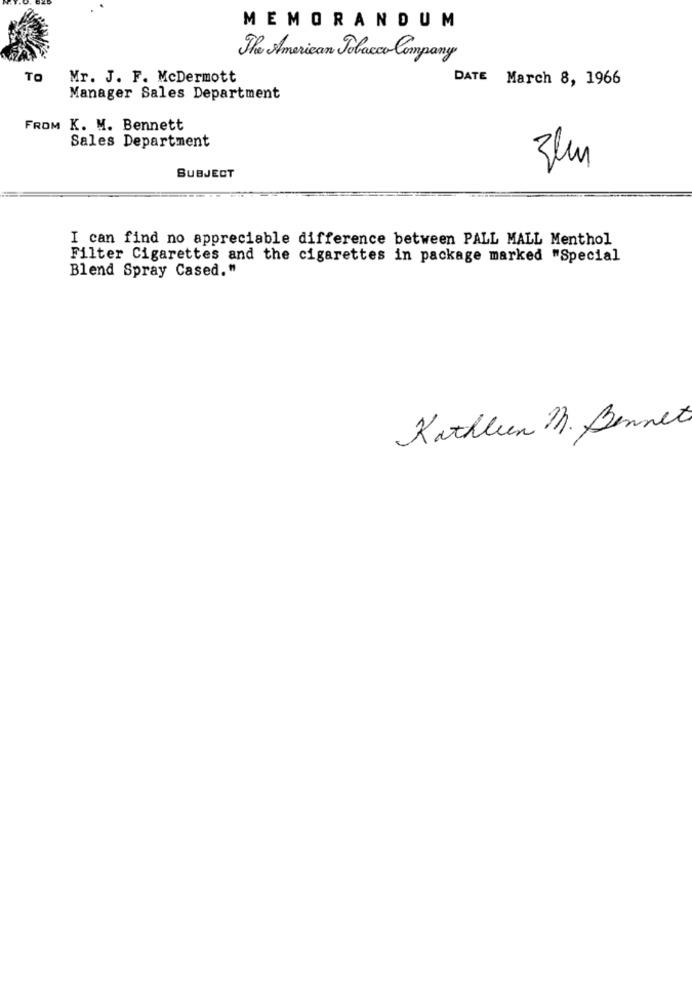
MEMORANDUM
The American Tobacco Company
TO
Mr. J. F. McDermott
DATE March 8, 1966
Manager Sales Department
FROM K. M. Bennett
Sales Department
3km
SUBJECT
I can find no appreciable difference between PALL MALL Menthol
Filter Cigarettes and the cigarettes in package marked "Special
Blend Spray Cased."
Kathleen M. Bennet